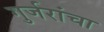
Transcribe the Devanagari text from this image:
गुर्जरांचा